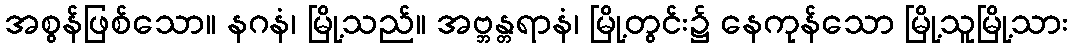
အစွန်ဖြစ်သော။ နဂနံ၊ မြို့သည်။ အဗ္ဘန္တရာနံ၊ မြို့တွင်း၌ နေကုန်သော မြို့သူမြို့သား